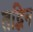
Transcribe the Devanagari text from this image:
तद्भिन